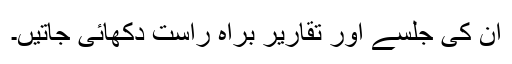
ان کی جلسے اور تقاریر براہ راست دکھائی جاتیں۔